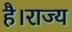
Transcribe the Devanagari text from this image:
है।राज्य